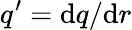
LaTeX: q^{\prime}=\mathrm{d}q/\mathrm{d}r